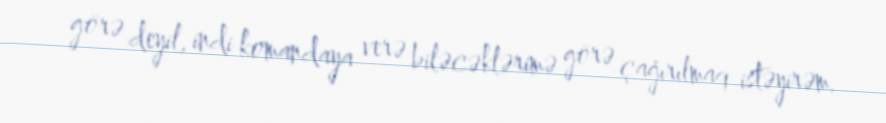
görə deyil, indi komandaya verə biləcəklərimə görə çağırılmaq istəyirəm.